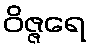
ဝိဇ္ဇရေ